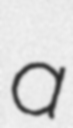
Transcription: a